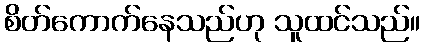
စိတ်ကောက်နေသည်ဟု သူထင်သည်။